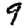
Digit: 9